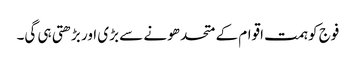
فوج کو ہمت اقوام کے متحد ھونے سے بڑی اور بڑھتی ہی گی۔